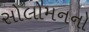
સોલોમનનો